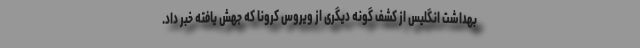
بهداشت انگلیس از کشف گونه دیگری از ویروس کرونا که جهش یافته خبر داد.